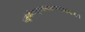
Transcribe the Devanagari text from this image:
भर्तुर्जटाजूटबन्धात्स्वसीमान्तभागे